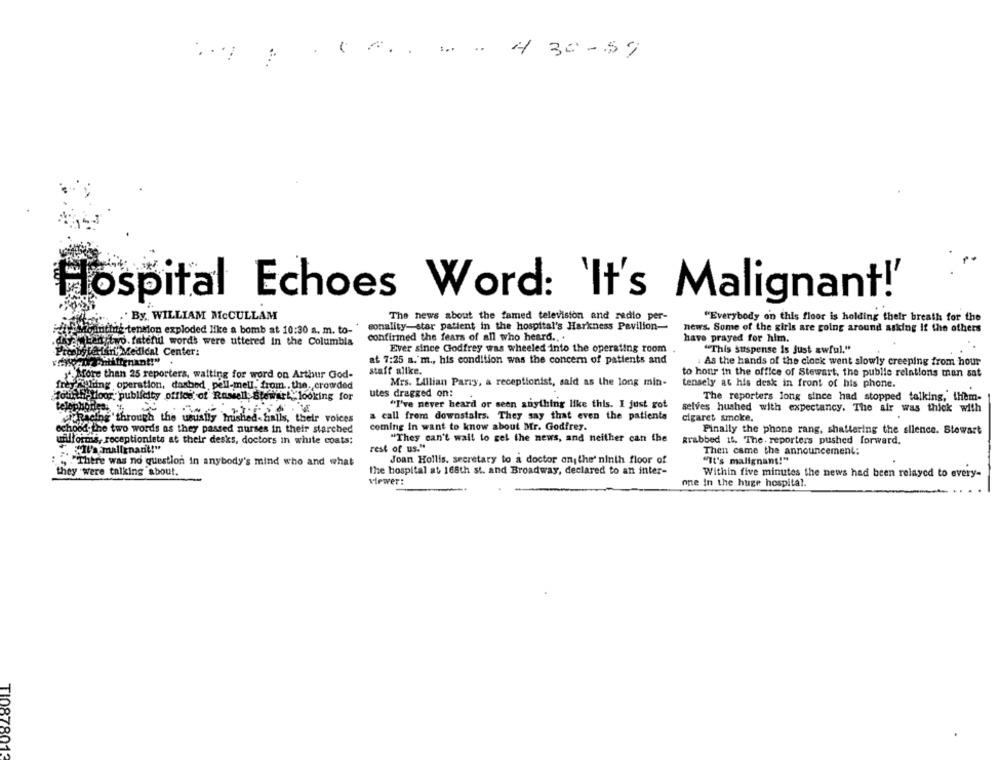
.....
...
..
30 -59
Hospital Echoes Word: 'It's Malignant!'
'By. WILLIAM McCULLAM
The news about the famed television and radio per-
"Everybody on this floor is holding their breath for the
tenmon exploded like a bomb at 10:30 a. m. to- ' sonality-star patient in the hospital's Harkness Pavilion-
news. Some of the girls are going around asking If the others
Sex, Eegytwo. fateful words were uttered in the Columbia
confirmed the fears of all who heard .. .
have prayed for him.
Ever since Godfrey was wheeled into the operating room
"This suspense is just awful."
Han'Medical Center:
ilignant!"
at 7:25 a.'m ., his condition was the concern of patients and
. As the hands of the clock went slowly creeping from hour
staff alike.
to hour in the office of Stewart, the public relations man sat
4.More than 25 reporters, waiting for word on Arthur God-
freyAllung operation, daxbed ,pell-mell. from .. the. crowded
Mrs. Lillian Parry, a receptionist, said as the long min-
tensely at his desk in front of his phone.
Tourdi- floor publicity office of Ramell Stewart,looking for
utes dragged on:
The reporters long since had stopped talking, them-
"I've never heard or seen anything like this. I just rot
telephones.
selves hushed with expectancy. The air was thick with
Racing through the usually brushed-halls, their voices
a call from downstairs. They say that even the patienta
cigaret smoke.
coming in want to know about Mr. Godfrey.
todd the two words as they passed nurses in their starched
Finally the phone rang, shattering the silence. Stewart
willformis, receptioniets at their desks, doctors in white coats;
"They can't wait to gel the news, and neither can the
grabbed if. The. reporters pushed forward.
"Il'a malignant!"
rest of us."
Then came the announcement:
" ""There was no question in anybody's mind who and what
Joan Hollis. secretary to a doctor on the' ninth floor of
"It's malignant!"
they were talking about.
the hospital at 168th st. and Broadway, declared to an inter-
viewer:
Within five minutes the news had been relayed to every-
one In the huge hospital.
TI087801